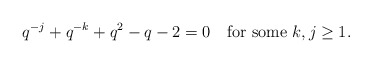
\begin{align*}q^{-j}+q^{-k}+q^2-q-2=0\quad\textrm{for some}~k,j\ge 1.\end{align*}